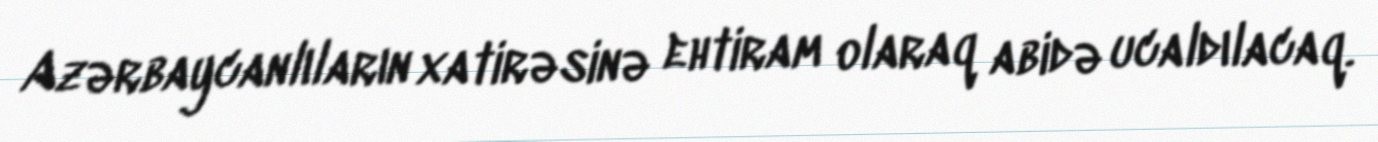
Azərbaycanlıların xatirəsinə ehtiram olaraq abidə ucaldılacaq.